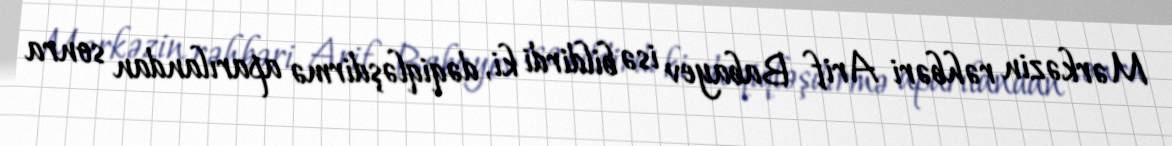
Mərkəzin rəhbəri Arif Babayev isə bildirdi ki, dəqiqləşdirmə aparılandan sonra